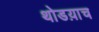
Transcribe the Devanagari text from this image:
थोडय़ाच